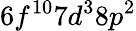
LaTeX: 6f^{10}7d^{3}8p^{2}